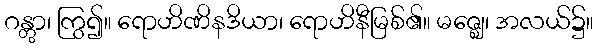
ဂန္တွာ၊ ကြွ၍။ ရောဟိဏိနဒိယာ၊ ရောဟိနီမြစ်၏။ မဇ္ဈေ၊ အလယ်၌။